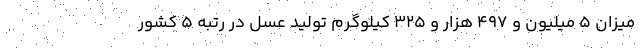
میزان ۵ میلیون و ۴۹۷ هزار و ۳۲۵ کیلوگرم تولید عسل در رتبه ۵ کشور